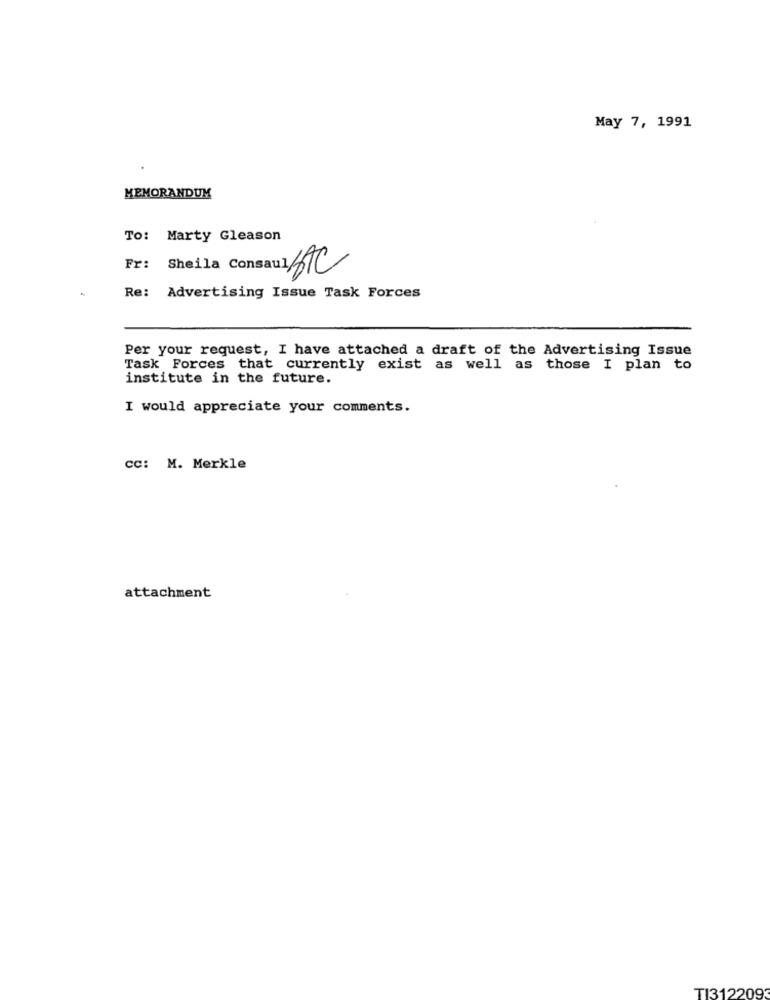
May 7, 1991
MEMORANDUM
To: Marty Gleason
Fr:
Sheila Consaul SAC
Re: Advertising Issue Task Forces
Per your request, I have attached a draft of the Advertising Issue
Task Forces that currently exist as well as those I plan to
institute in the future.
I would appreciate your comments.
cc: M. Merkle
attachment
TI312209